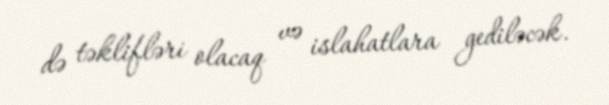
də təklifləri olacaq və islahatlara gediləcək.